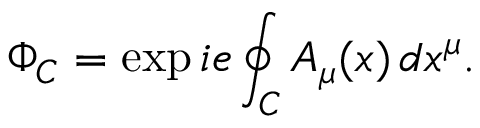
\Phi _ { C } = \exp i e \oint _ { C } A _ { \mu } ( x ) \, d x ^ { \mu } .